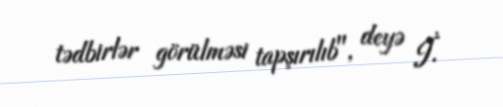
tədbirlər görülməsi tapşırılıb", deyə İ.